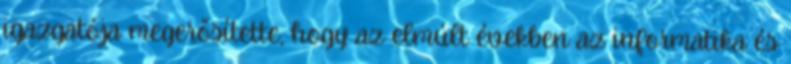
igazgatója megerősítette, hogy az elmúlt években az informatika és